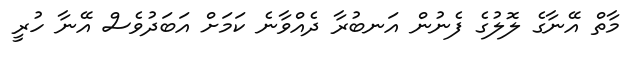
މާތް އޭނާގެ ލޮލުގެ ފެނުން އަނބުރާ ދެއްވާނެ ކަމަށް އަބަދުވެސް އޭނާ ހުރީ